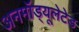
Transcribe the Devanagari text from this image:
अनमॉड्यूलेटेड